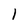
Character: I